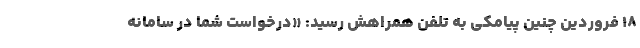
۱۸ فروردین چنین پیامکی به تلفن همراهش رسید: «درخواست شما در سامانه